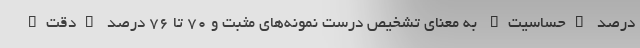
درصد "حساسیت" به معنای تشخیص درست نمونه‌های مثبت و ۷۰ تا ۷۶ درصد "دقت"